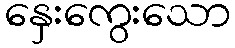
နှေးကွေးသော